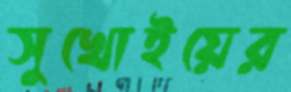
সুখোইয়ের